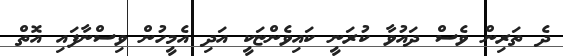
ދެ ތަރިން ވެސް ދައުވާ ކުރަނީ ކައިވެންޏަކީ އަދި އެމީހުން ވިސްނާފައި އޮތް